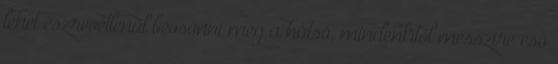
lehet észrevétlenül beosonni még a hátsó, mindenkitől messzire eső